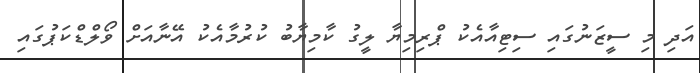
އަދި މި ސީޒަނުގައި ސިޓިއާއެކު ޕްރިމިޔާ ލީގު ކާމިޔާބު ކުރުމާއެކު އޭނާއަށް ވޯލްޑްކަޕުގައި